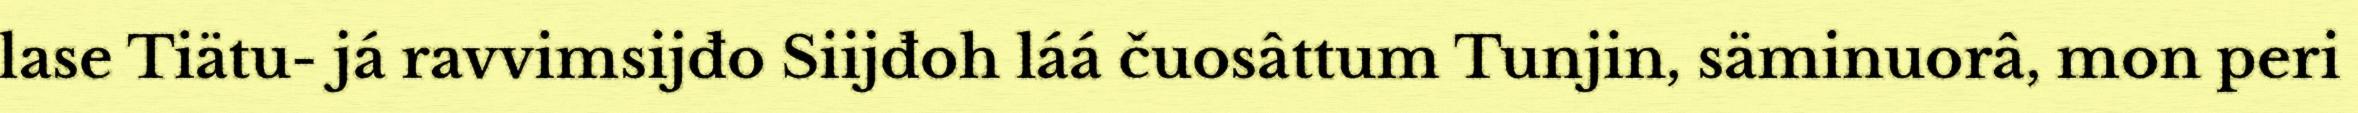
lase Tiätu- já ravvimsijđo Siijđoh láá čuosâttum Tunjin, säminuorâ, mon peri